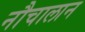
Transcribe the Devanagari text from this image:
नौचालान